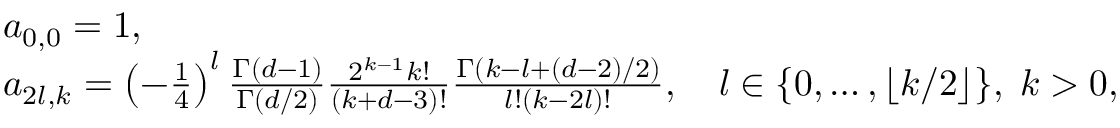
\begin{array} { r l } & { a _ { 0 , 0 } = 1 , } \\ & { a _ { 2 l , k } = \left( - \frac { 1 } { 4 } \right) ^ { l } \frac { \Gamma ( d - 1 ) } { \Gamma ( d / 2 ) } \frac { 2 ^ { k - 1 } k ! } { ( k + d - 3 ) ! } \frac { \Gamma ( k - l + ( d - 2 ) / 2 ) } { l ! ( k - 2 l ) ! } , \quad l \in \{ 0 , \ldots , \lfloor k / 2 \rfloor \} , \; k > 0 , } \end{array}